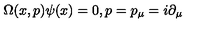
\Omega ( x , p ) \psi ( x ) = 0 , p = p _ { \mu } = i \partial _ { \mu }